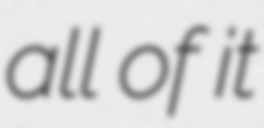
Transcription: all of it